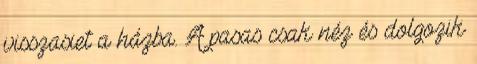
visszasiet a házba. A pasas csak néz és dolgozik